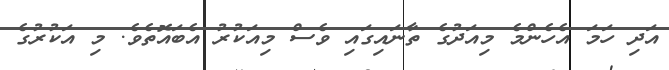
އަދި ހަމަ އެހެންމެ މިއަދުގެ ތާނައިގައި ވެސް މިއަކުރު އެބައޮތެވެ. މި އަކުރުގެ